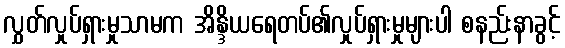
လွှတ်လှုပ်ရှားမှုသာမက အိန္ဒိယရေတပ်၏လှုပ်ရှားမှုများပါ စနည်းနာခွင့်